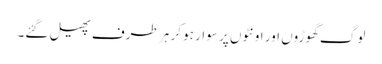
لوگ گھوڑوں اور اونٹوں پر سوار ہو کر ہر طرف پھیل گئے۔